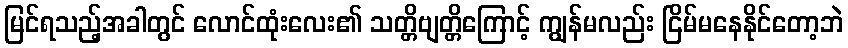
မြင်ရသည့်အခါတွင် လောင်ထုံးလေး၏ သတ္တိဗျတ္တိကြောင့် ကျွန်မလည်း ငြိမ်မနေနိုင်တော့ဘဲ